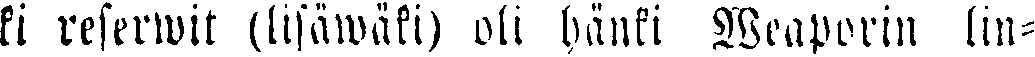
ki reserwit (lisäwäki) oli hänki Weaporin lin-